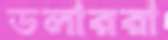
ডলাররা